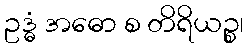
ဥဒ္ဓံ အဓော စ တိရိယဉ္စ၊